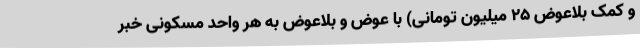
و کمک بلاعوض 25 میلیون تومانی) با عوض و بلاعوض به هر واحد مسکونی خبر